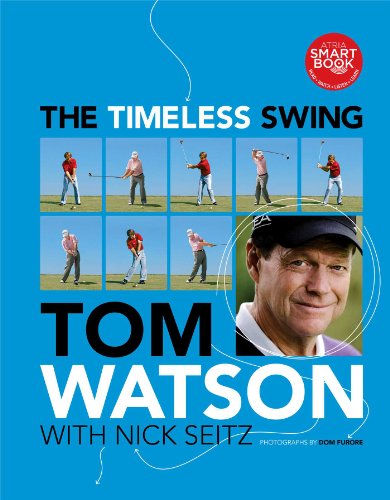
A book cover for The Timeless Swing; Tom Watson; Biographies & Memoirs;